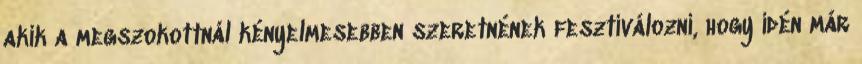
akik a megszokottnál kényelmesebben szeretnének fesztiválozni, hogy idén már